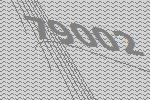
79002